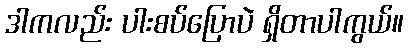
ဒါကလည်း ပါးစပ်ပြောပဲ ရှိတာပါကွယ်။